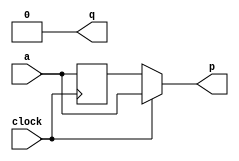
module top_module (
    input clock,
    input a,
    output p,
    output q=0 );
    reg a_q;

    always@(negedge clock)begin
        a_q <= a;
        q <= a;
    end
    
    assign p = clock?a:a_q;
endmodule